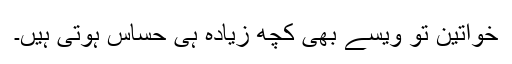
خواتین تو ویسے بھی کچھ زیادہ ہی حساس ہوتی ہیں۔